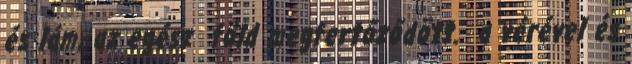
és lám, az egész föld megfertőződött. a vérével és